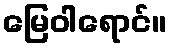
မြေဝါရောင်။